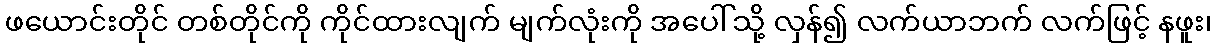
ဖယောင်းတိုင် တစ်တိုင်ကို ကိုင်ထားလျက် မျက်လုံးကို အပေါ်သို့ လှန်၍ လက်ယာဘက် လက်ဖြင့် နဖူး၊